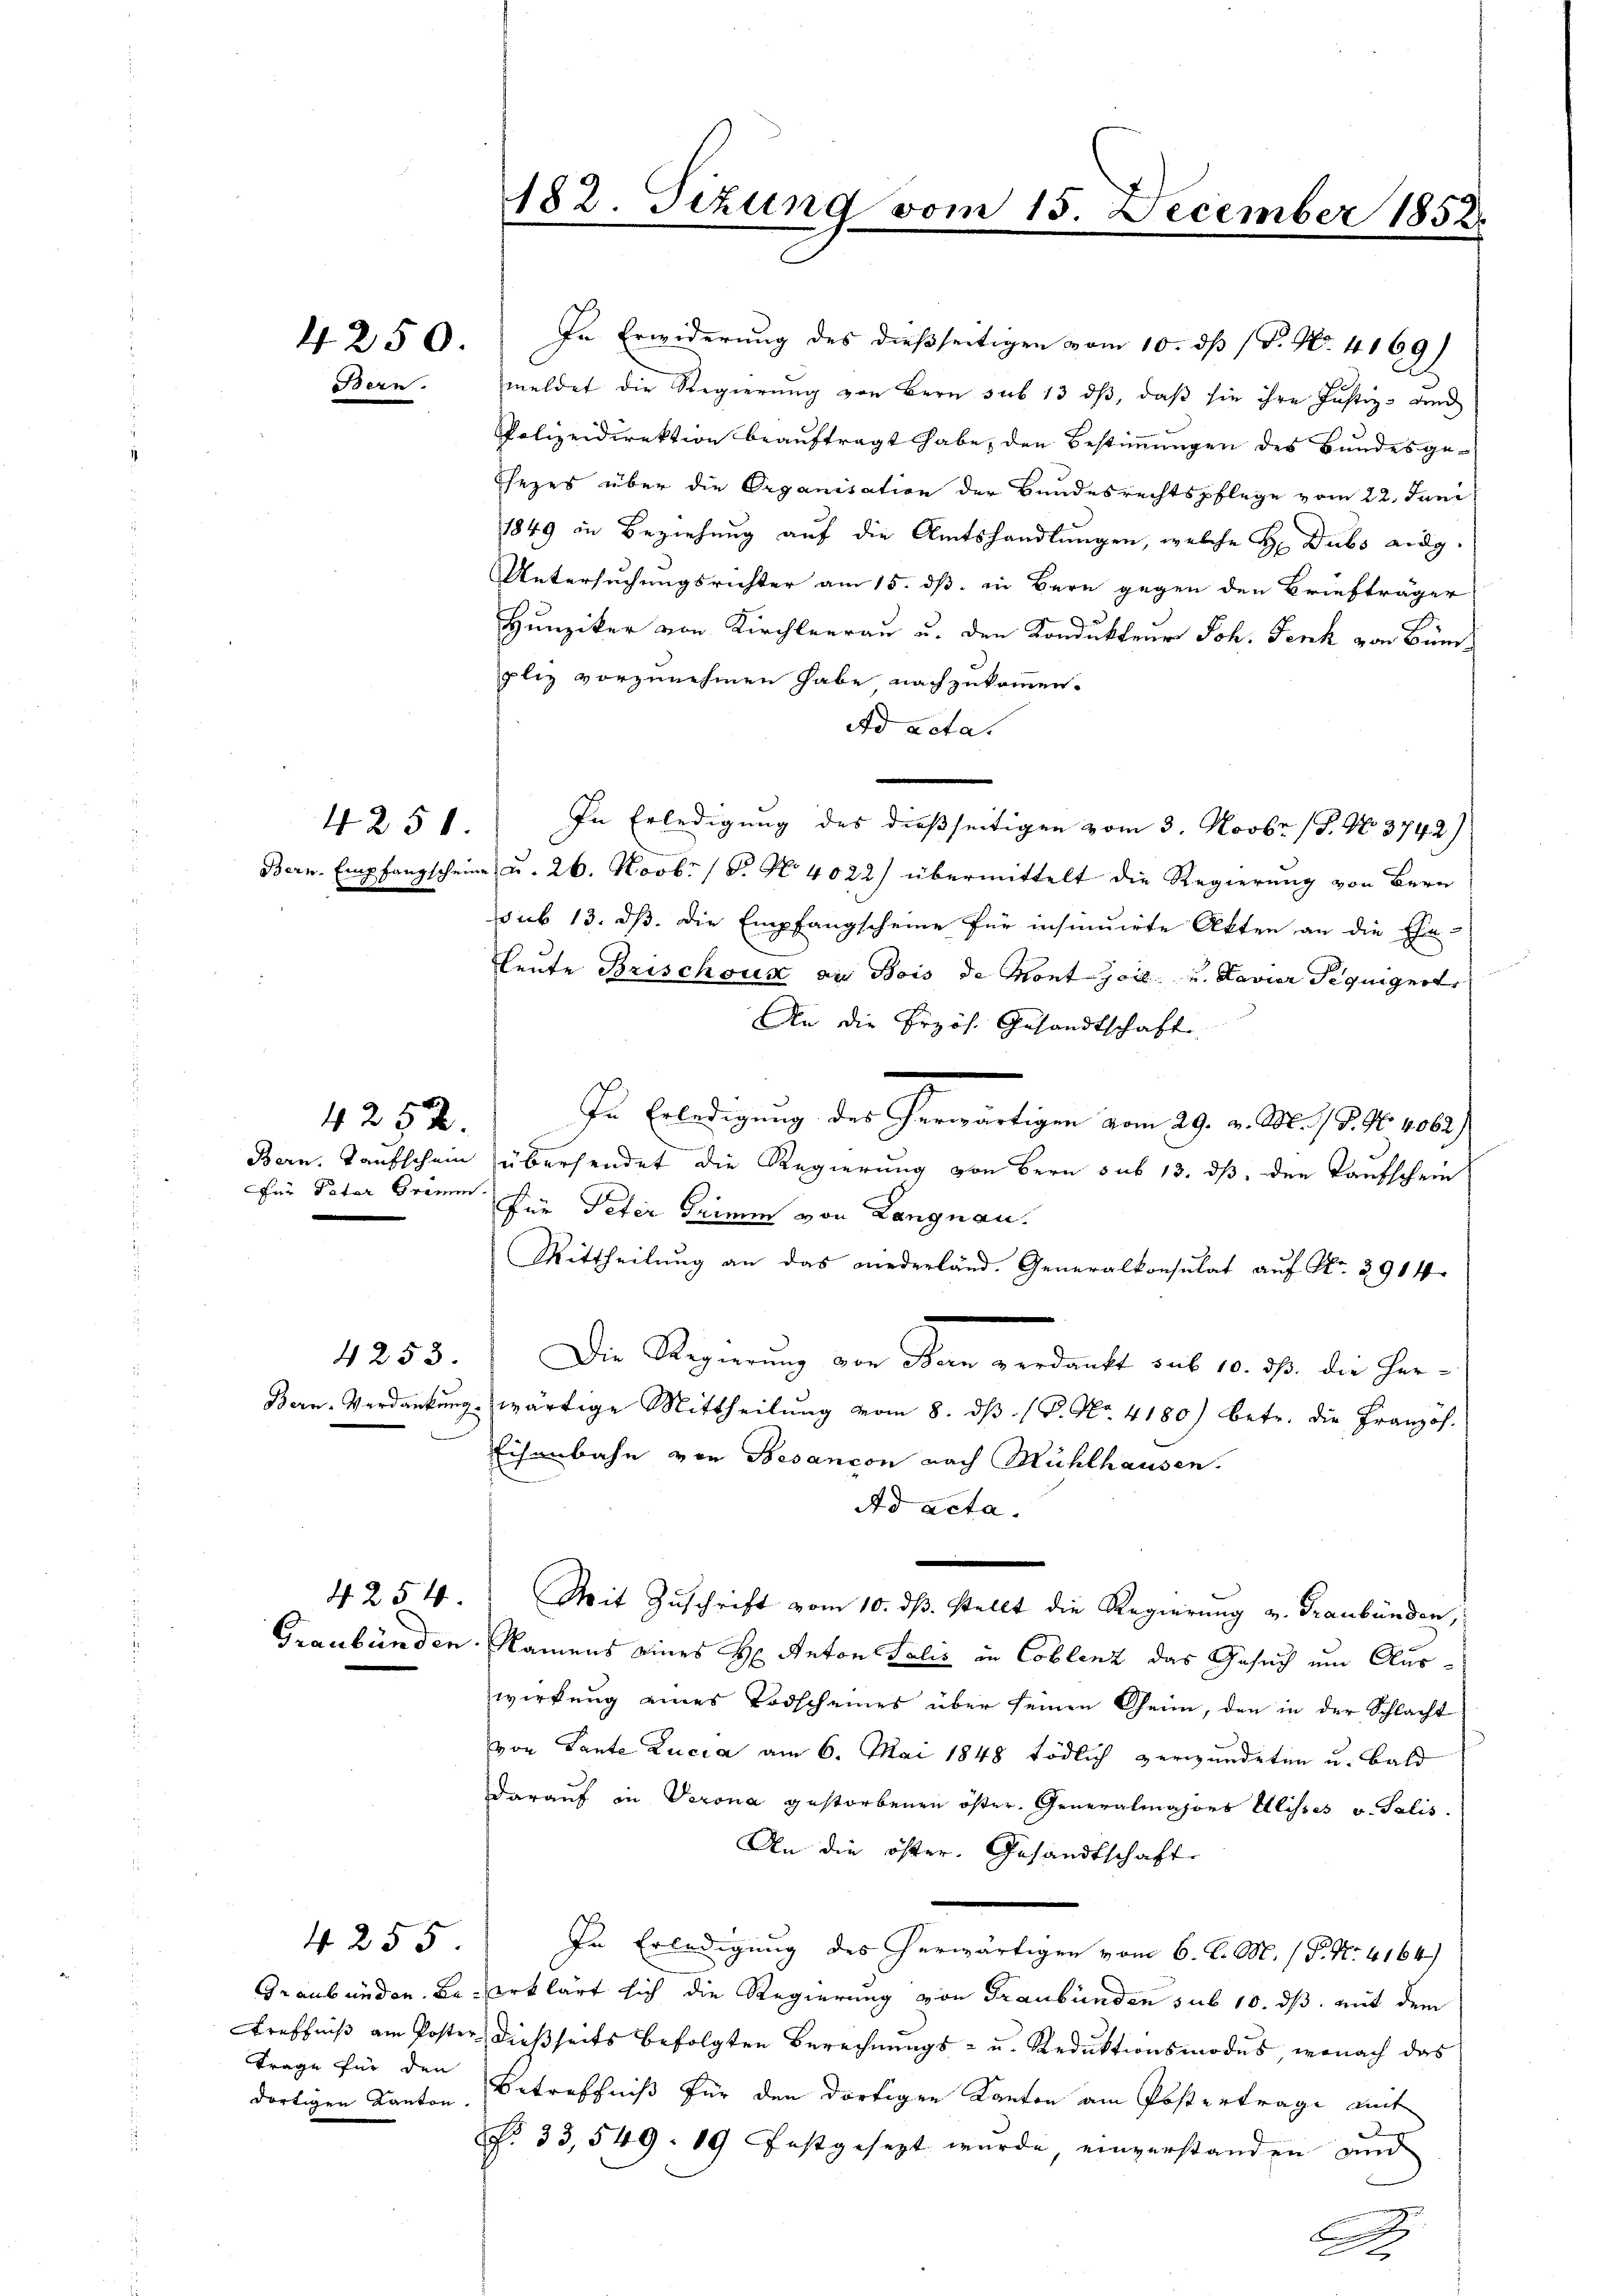
4250.
Bern.

4250

4252.
Für Pater Grimm

4255

4253.

sezes über die Organisation der Bundesrechtspflege vom 22. Juni
1849 in Beziehung auf die Amtshandlungen, welche Hr. Dubs eidg.
Untersuchungsrichter am 15. dß. in Bern gegen den Briefträger
Hunziker von Kirchleerau u. den Kondukteur Joh. Fenk von Bündpliz vorzunehmen habe nachzukommen.
Ad acta.
In Erledigung des dießseitigen vom 3. Novbr. 18. No. 3742)
Bern. Empfangscheine u. 26. Novb. 18. No. 4022) übermittelt die Regierung von Bern
sub 13. dß. Die Empfangscheine für insinuirte Akten an die Ehe-
leute Brischoux au Bois de Mont joil- u. Savier Pequignet
An die Erzös. Gesandtschaft
In Erledigung des erwärtigen vom 29. v. M. 18. 90. 1062.)
Bern, Taufschein übersendet die Regierung von Bern sub 13. ds. den Taufschein
für Peter deinen von Langnau.
Mittheilung an das niederland. Generalkonsulat auf Nr. 2914
Die Regnung vor den verdankt sub 10. ds. die Her-
Bern. Verdankung wärtige Mittheilŭng vom 8. d. 18. No. 4180) betr. die Französ.
Eisenbahn von Besançon nach Mühlhausen.
Ad acta.
4254. Mit Zuschrift vom 10. dβ. stellt die Regierung v. Graubünden,
Graubünden Namens eines H: Anton Talić in Coblenz das Gesuch um Auswirkung eines Todscheines über seinen Oheim, den in der Schlacht
von Lante Lucia am 6. Mai 1848 tödlich verwundeten u. bald
darauf in Verona gestorbenen öster. Generalmajors Alisses v. Salis
An die öfter. Gesandtschaft
In Erledigung des herwärtigen vom 6. d. M. (P. Nr. 4164)
Graubünden. Be. erklärt sich die Regierung von Graubünden sub 10. ds. mit dem
Ereffniß am Poster dießseits befolgten Berechnungs- u. Reduktionsmodus, wonach das
dortigen Kanton Betreffniß für den dortigen Kanton am Postertrage mit
NNo. 33,549. 89 festgesezt wurde, einverstanden und

Trage für den

182. Sizung vom 15. December 1852.

In Erwiderung des dießseitigen vom 10. dß (T. No. 4169)
meldet die Regierŭng von Bern sub 13 dβ, daβ sie ihre Justiz- und
Polizeidirektion beauftragt habe, den Bestimmungen des Bundesge¬

d